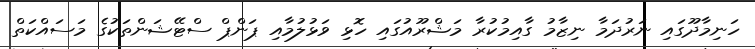
ހަނިމާދޫގައި ނަރުދަމާ ނިޒާމު ގާއިމުކުރާ މަޝްރޫއުގައި ހޮޅި ވަޅުލުމާއި ޕަންޕް ސްޓޭޝަންތަކުގެ މަސައްކަތް